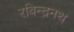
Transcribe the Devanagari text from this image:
रबिन्द्रनथ